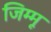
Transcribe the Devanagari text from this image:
जिम्मू